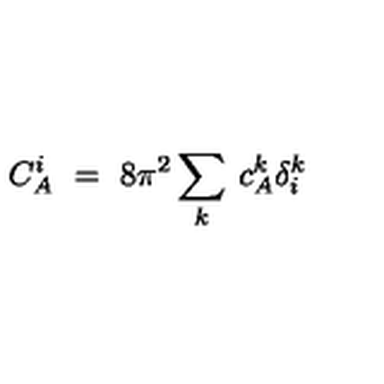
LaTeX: C _ { A } ^ { i } \ = \ 8 \pi ^ { 2 } \sum _ { k } \: c _ { A } ^ { k } \delta _ { i } ^ { k }